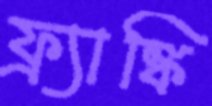
ফ্র্যাঙ্কি